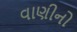
વાણીનો